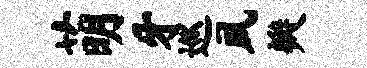
萌牙巡夙瓣